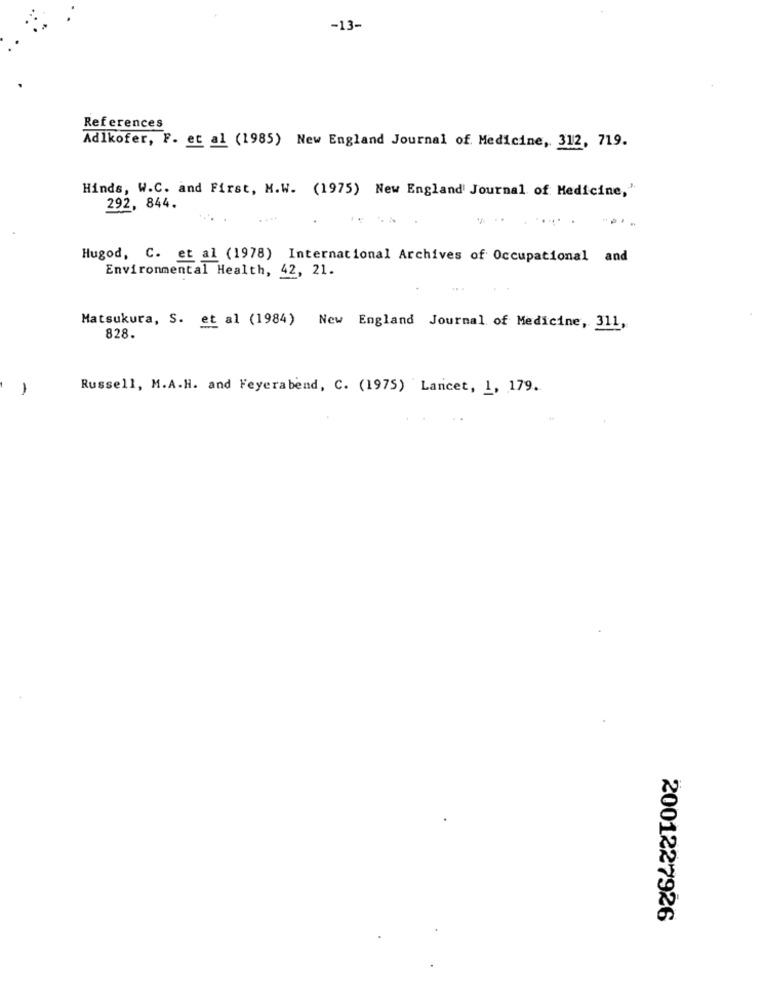
-13-
References
Adlkofer, F. et al (1985) New England Journal of Medicine, 312, 719.
Hinds, W.C. and First, M.W. (1975) New England Journal of Medicine,"
292, 844.
....
.....
Hugod, C. et al (1978) International Archives of Occupational and
Environmental Health, 42, 21.
Matsukura, S. et al (1984) New England Journal of Medicine, 311,
828.
1
Russell, M.A.H. and Feyerabend, C. (1975) Lancet, 1, 179.
2001227926